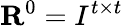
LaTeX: \mathbf{R}^{0}=I^{t\times t}